Indian journal of veterinary science and animal husbandry - Volumes 28-29, 1958-1959
Year: 1958
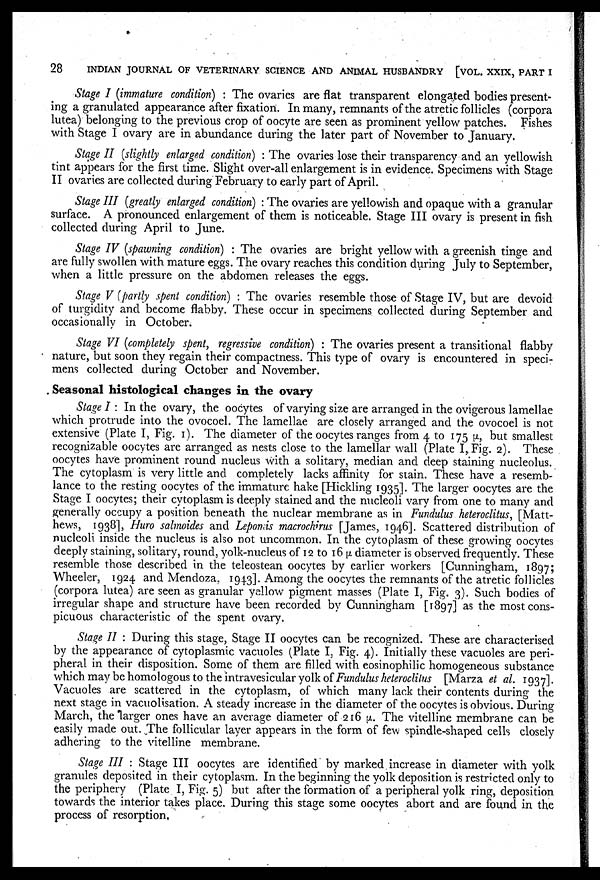
28
INDIAN JOURNAL OF VETERINARY SCIENCE AND ANIMAL HUSBANDRY [VOL. XXIX, PART I
Stage I (immature condition) : The ovaries are flat transparent elongated bodies present-
ing a granulated appearance after fixation. In many, remnants of the atretic follicles (corpora
lutea) belonging to the previous crop of oocyte are seen as prominent yellow patches. Fishes
with Stage I ovary are in abundance during the later part of November to January.
Stage II (slightly enlarged condition) : The ovaries lose their transparency and an yellowish
tint appears for the first time. Slight over-all enlargement is in evidence. Specimens with Stage
II ovaries are collected during February to early part of April.
Stage III (greatly enlarged condition) : The ovaries are yellowish and opaque with a granular
surface. A pronounced enlargement of them is noticeable. Stage III ovary is present in fish
collected during April to June.
Stage IV (spawning condition) : The ovaries are bright yellow with a greenish tinge and
are fully swollen with mature eggs. The ovary reaches this condition during July to September,
when a little pressure on the abdomen releases the eggs.
Stage V (partly spent condition) : The ovaries resemble those of Stage IV, but are devoid
of turgidity and become flabby. These occur in specimens collected during September and
occasionally in October.
Stage VI (completely spent, regressive condition) : The ovaries present a transitional flabby
nature, but soon they regain their compactness. This type of ovary is encountered in speci-
mens collected during October and November.
Seasonal histological changes in the ovary
Stage I : In the ovary, the oocytes of varying size are arranged in the ovigerous lamellae
which protrude into the ovocoel. The lamellae are closely arranged and the ovocoel is not
extensive (Plate I, Fig. 1). The diameter of the oocytes ranges from 4 to 175 µ, but smallest
recognizable oocytes are arranged as nests close to the lamellar wall (Plate I, Fig. 2). These
oocytes have prominent round nucleus with a solitary, median and deep staining nucleolus.
The cytoplasm is very little and completely lacks affinity for stain. These have a resemb-
lance to the resting oocytes of the immature hake [Hickling 1935]. The larger oocytes are the
Stage I oocytes; their cytoplasm is deeply stained and the nucleoli vary from one to many and
generally occupy a position beneath the nuclear membrane as in Fundulus heteroclitus, [Matt-
hews, 1938], Huro salmoides and Lepomis macrochirus [James, 1946]. Scattered distribution of
nucleoli inside the nucleus is also not uncommon. In the cytoplasm of these growing oocytes
deeply staining, solitary, round, yolk-nucleus of 12 to 16 µ diameter is observed frequently. These
resemble those described in the teleostean oocytes by earlier workers [Cunningham, 1897;
Wheeler, 1924 and Mendoza, 1943]. Among the oocytes the remnants of the atretic follicles
(corpora lutea) are seen as granular yellow pigment masses (Plate I, Fig. 3). Such bodies of
irregular shape and structure have been recorded by Cunningham [1897] as the most cons-
picuous characteristic of the spent ovary.
Stage II : During this stage, Stage II oocytes can be recognized. These are characterised
by the appearance of cytoplasmic vacuoles (Plate I, Fig. 4). Initially these vacuoles are peri-
pheral in their disposition. Some of them are filled with eosinophilic homogeneous substance
which may be homologous to the intravesicular yolk of Fundulus heteroclitus [Marza et al. 1937].
Vacuoles are scattered in the cytoplasm, of which many lack their contents during the
next stage in vacuolisation. A steady increase in the diameter of the oocytes is obvious. During
March, the larger ones have an average diameter of 216 µ. The vitelline membrane can be
easily made out. The follicular layer appears in the form of few spindle-shaped cells closely
adhering to the vitelline membrane.
Stage III : Stage III oocytes are identified by marked increase in diameter with yolk
granules deposited in their cytoplasm. In the beginning the yolk deposition is restricted only to
the periphery (Plate I, Fig. 5) but after the formation of a peripheral yolk ring, deposition
towards the interior takes place. During this stage some oocytes abort and are found in the
process of resorption,